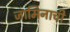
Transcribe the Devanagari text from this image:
जामिनाची